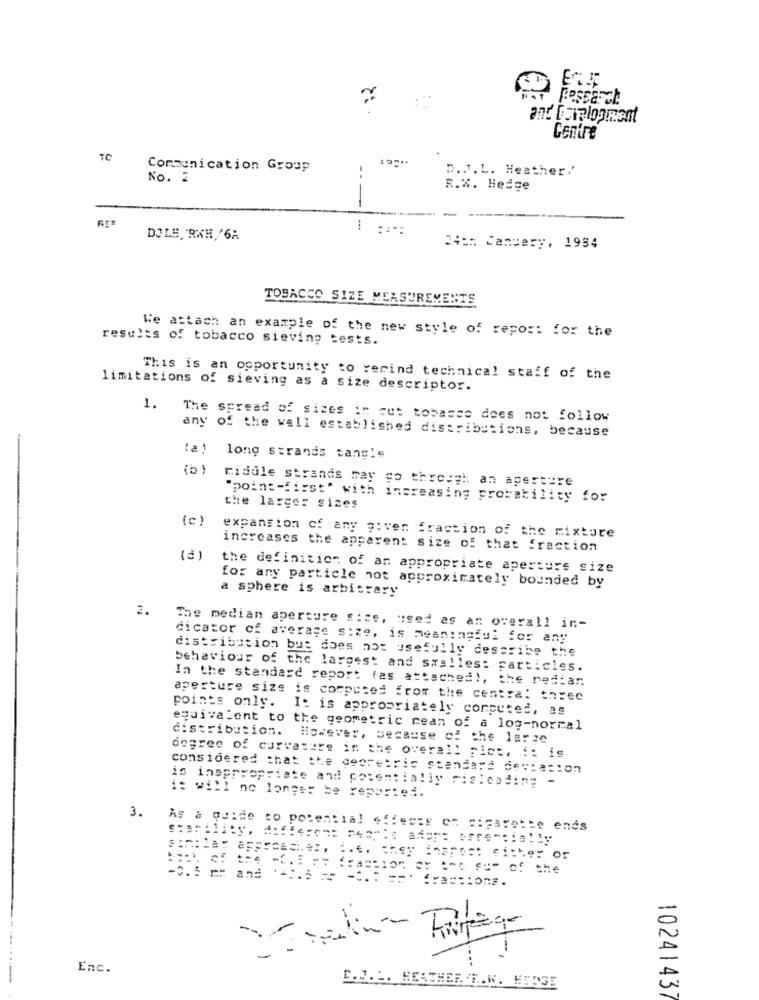
Centre
TC
Communication Group
-
D.J.L. Heather/
No. 2
R.W. Hedge
---
DOLE, RXH//6A
24 :: Cancery, 1984
TOBACCO SIZE MEASUREMENTS
We attach an example of the new style of report for the
results of tobacco sieving tests.
This is an opportunity to remind technical staff of the
limitations of sieving as a size descriptor.
1.
The spread of sizes in cut tobasce does not follow
any of the wall established distributions, because
long strands tang!e
riddle strands may go through: an aperture
"point -first" with increasing probability for
the larger sizes
(c )
expansion of any given fraction of the mixture
increases the apparent size of that fraction
the definition of an appropriate aperture size
for any particle not approximately bounded by
a sphere is arbitrary
2.
The median aperture sice, used as an overall in-
dicator of average s:ze, is meaningful for any
distribution but does not usefully describe the
behaviour of the largest and sxalles: particles.
In the standard report (as attached), the median
aperture sizs is computed from the central three
points only. It is appropriately computed, as
distribution.
equivalent to the geometric rean of a log-normal
However, because of the large
degree of curvasere in the overall pict, i: ig
considered that the dooretric standard de :: ==: on
is inappropriate and potentially misleading -
i: will no longer be reported.
3.
As a guide to potential effects on cigarette ends
back of the =C. 5 == fraction er tes su" of the
-C. me and -:. : == = == fractions.
1
Enc.
-
D.J ... HEATHER .R.W. HERGE
10241437